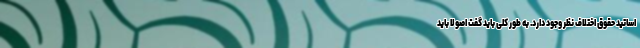
اساتید حقوق اختلاف نظر وجود دارد. به طور کلی باید گفت اصولا باید